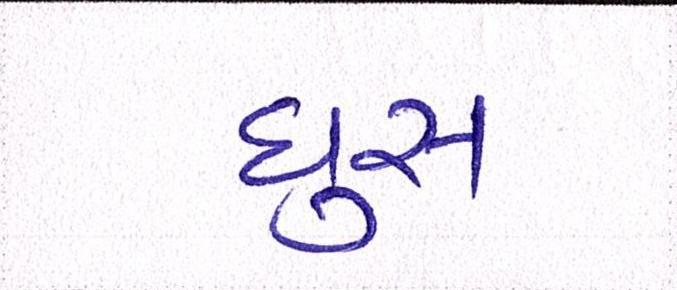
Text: ઘુસ